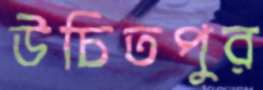
উচিতপুর